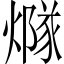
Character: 𤏢